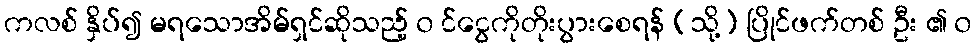
ကလစ် နှိပ်၍ မရသောအိမ်ရှင်ဆိုသည့် ၀ င်ငွေကိုတိုးပွားစေရန် (သို့) ပြိုင်ဖက်တစ် ဦး ၏ ၀